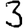
Digit: 3